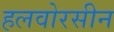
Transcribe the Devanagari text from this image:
हलवोरसीन